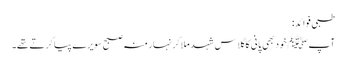
طبی فوائد:
آپ ﷺ خود بھی پانی کا گلاس شہد ملا کر نہار منہ صبح سویرے پیا کرتے تھے۔